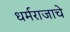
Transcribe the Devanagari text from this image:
धर्मराजाचे